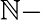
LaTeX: \mathbb{N}-